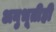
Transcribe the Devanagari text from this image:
अनुभूतीही